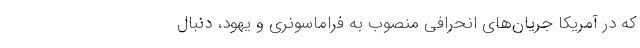
که در آمریکا جریان‌های انحرافی منصوب به فراماسونری و یهود، دنبال